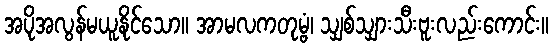
အပိုအလွန်မယူနိုင်သော။ အာမလကတုမ္ဗံ၊ သျှစ်သျှားသီးဗူးလည်းကောင်း။